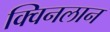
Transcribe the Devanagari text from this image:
क्विनलान